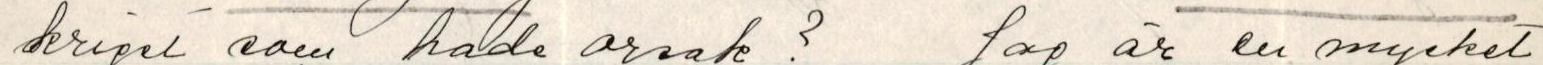
kriget som hade orsak?  Jag är en mycket